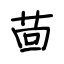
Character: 茴